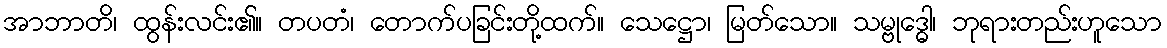
အာဘာတိ၊ ထွန်းလင်း၏။ တပတံ၊ တောက်ပခြင်းတို့ထက်။ သေဋ္ဌော၊ မြတ်သော။ သမ္ဗုဒ္ဓေါ၊ ဘုရားတည်းဟူသော